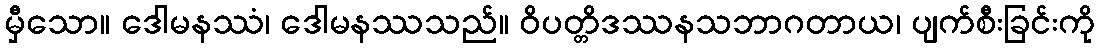
မှီသော။ ဒေါမနဿံ၊ ဒေါမနဿသည်။ ဝိပတ္တိဒဿနသဘာဂတာယ၊ ပျက်စီးခြင်းကို